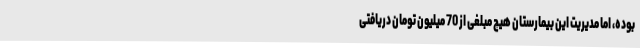
بوده، اما مدیریت این بیمارستان هیچ مبلغی از 70 میلیون تومان دریافتی